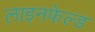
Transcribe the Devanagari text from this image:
लाइनफेल्ड